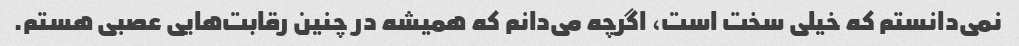
نمی‌دانستم که خیلی سخت است، اگرچه می‌دانم که همیشه در چنین رقابت‌هایی عصبی هستم.